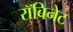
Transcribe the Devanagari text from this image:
रॉबिनेट